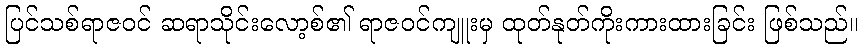
ပြင်သစ်ရာဇဝင် ဆရာသိုင်းလော့စ်၏ ရာဇဝင်ကျူးမှ ထုတ်နုတ်ကိုးကားထားခြင်း ဖြစ်သည်။